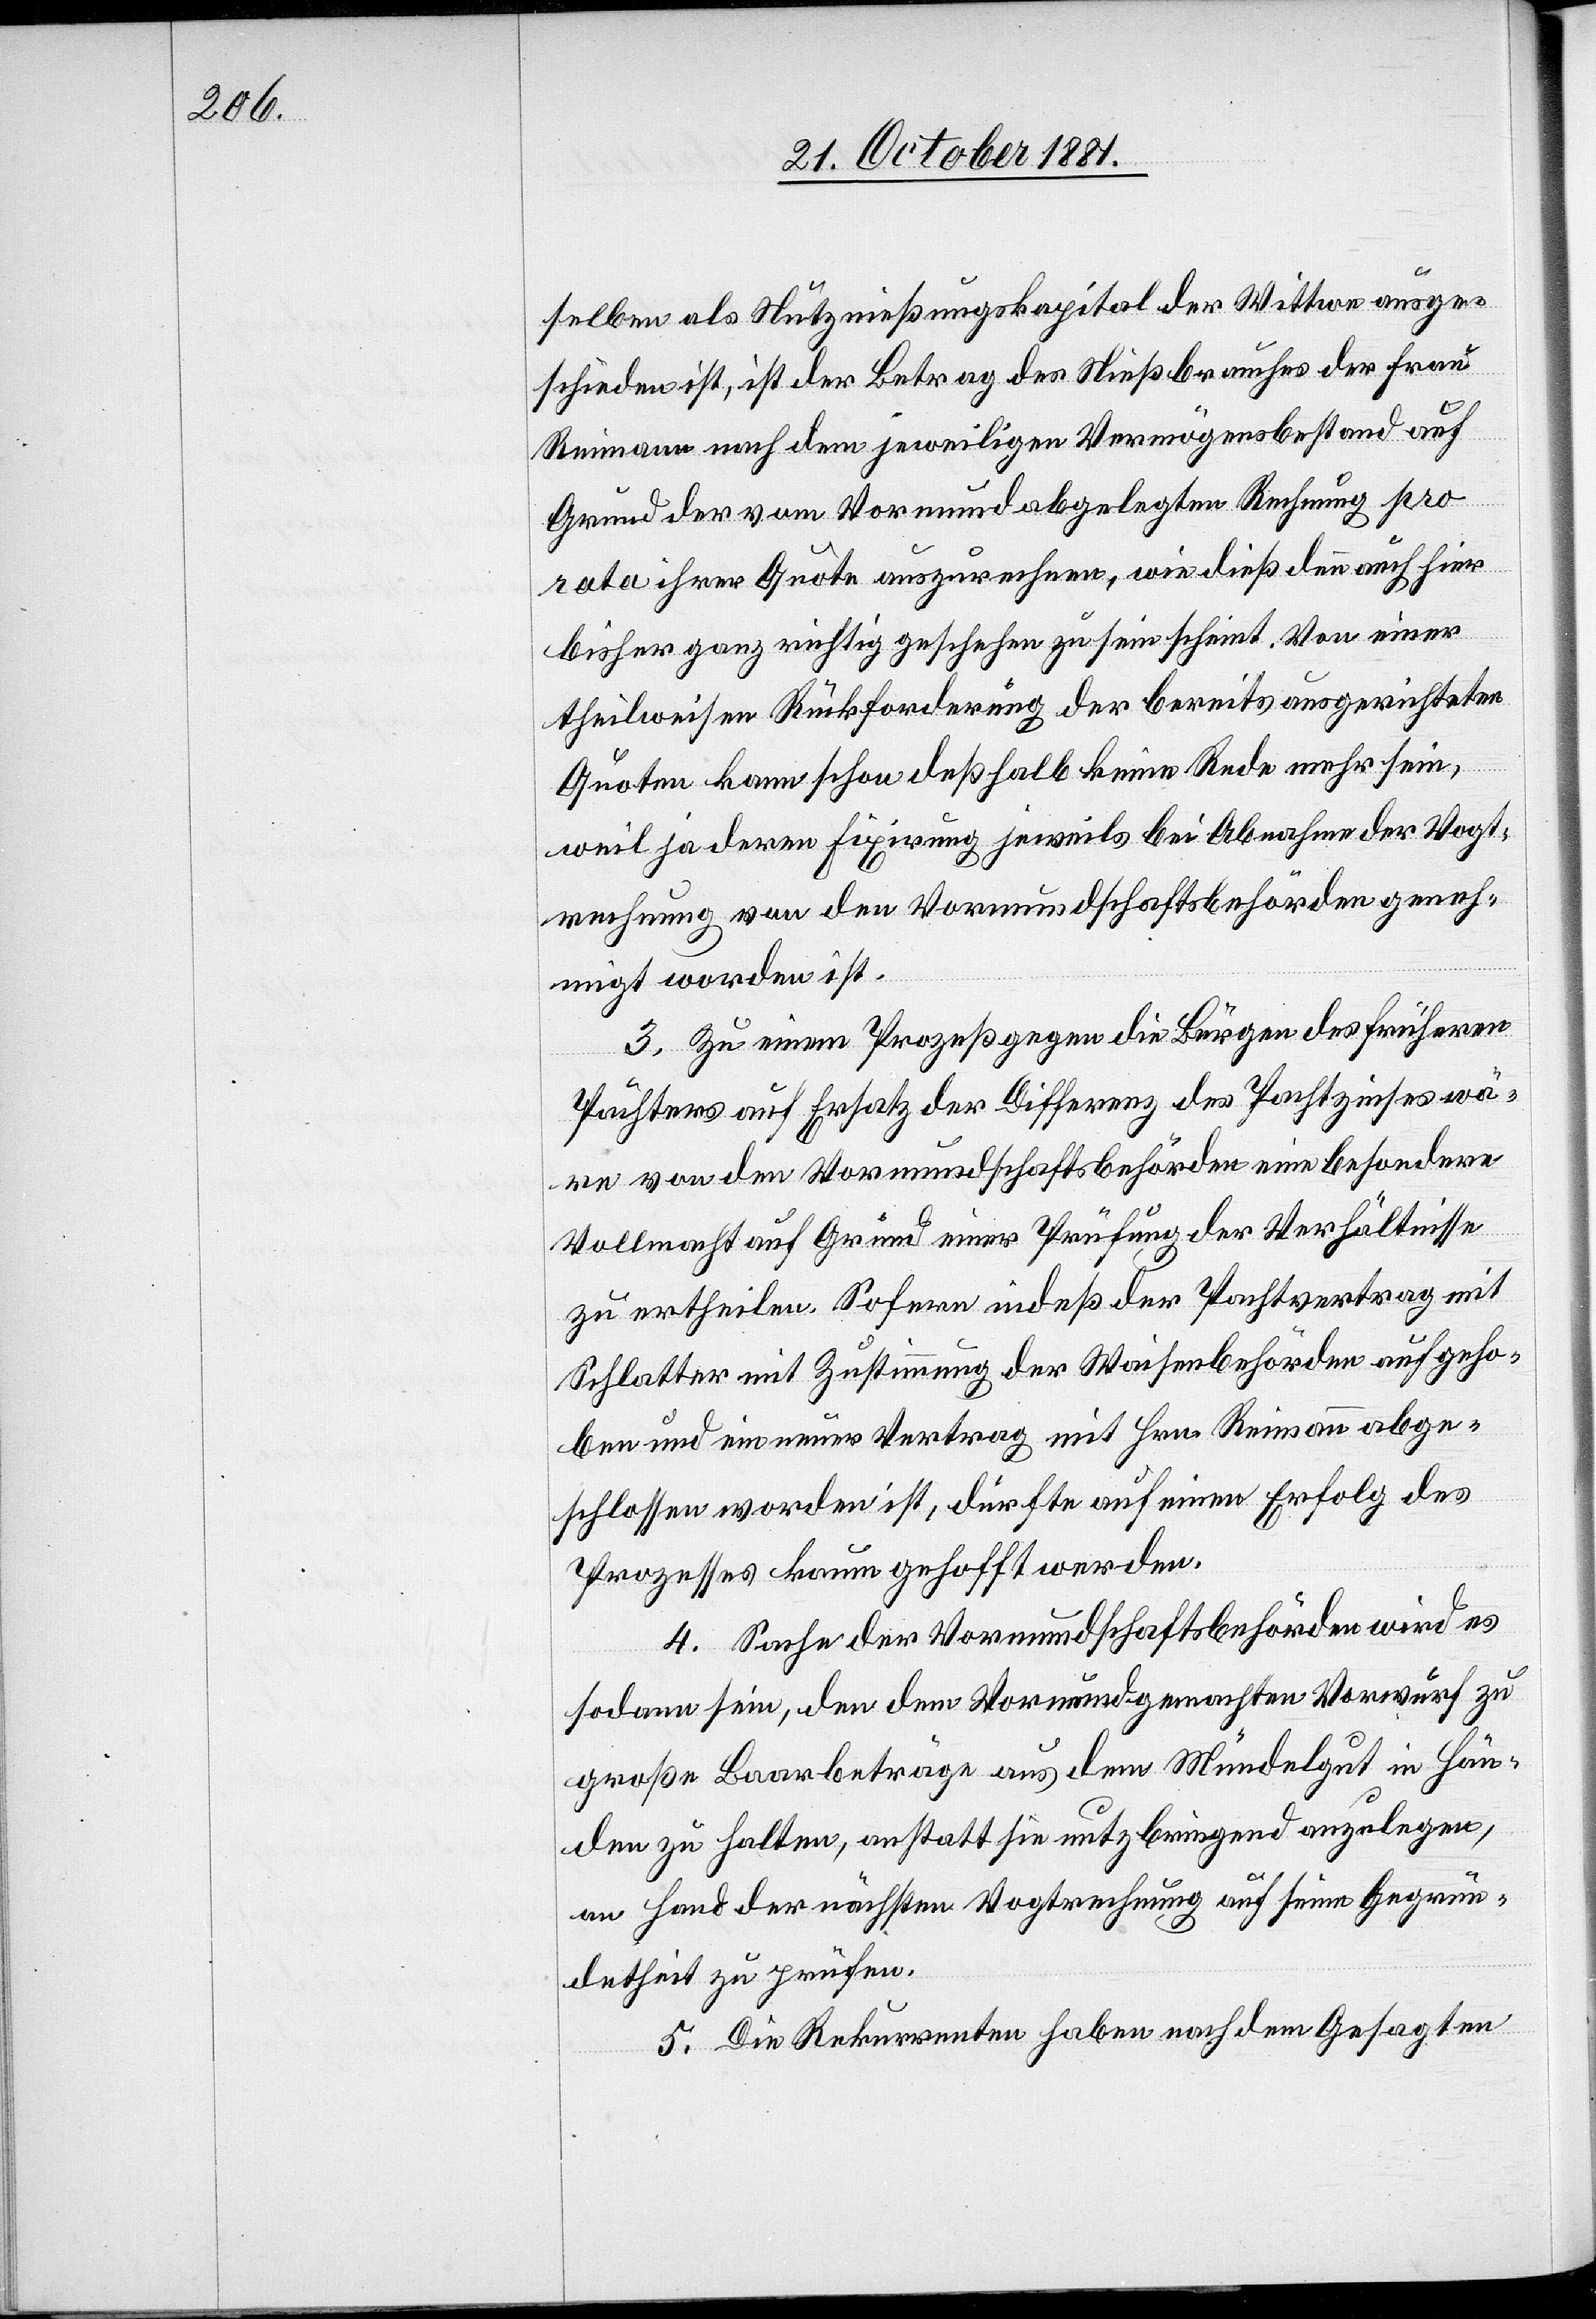
selben als Nutznießungskapital der Wittwe ausge¬
schieden ist, ist der Betrag des Nießbrauches der Frau
Reimann nach dem jeweiligen Vermögensbestand auf
Grund der vom Vormund abgelegten Rechnung pro
rata ihrer Quote auszurechnen, wie dieß dann auch hier
bisher ganz richtig geschehen zu sein scheint. Von einer
theilweisen Rückforderung der bereits ausgerichteten
Quote kann schon deßhalb keine Rede mehr sein,
weil ja deren Fixirung jeweils bei Abnahme der Vogt¬
rechnung von den Vormundschaftsbehörden geneh¬
migt worden ist.
3. Zu einem Prozeß gegen die Bürgen des Früheren
Pächters auf Ersatz der Differenz des Pachtzinses wä¬
re von den Vormundschaftsbehörden eine besondere
Vollmacht auf Grund einer Prüfung der Verhältnisse
zu erhteilen. Sodann indeß der Pachtvertrag mit
Schlatter mit Zustimmung der Waisenbehörden aufgeho¬
ben und ein neuer Vertrag mit Hrn. Reimann abge¬
schlossen worden ist, dürfte auf einen Erfolg des
Prozesses kaum gehofft werden.
4. Sache der Vormundschaftsbehörden wird es
sodann sein, den dem Vormundgemachten Vorwurfe zu
große Baarbeträge aus dem Mündelgut in Hän¬
den zu halten, anstatt sie nutzbringend anzulegen,
an Hand der nächsten Vogtrechnung auf seine Gegrün¬
detheit zu prüfen.
5. Die Rekurrenten haben nach dem Gesagten